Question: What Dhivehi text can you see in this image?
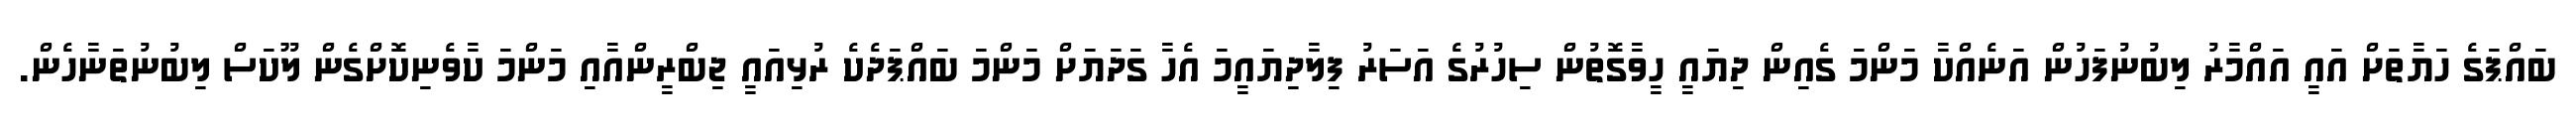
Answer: ބައްޕަގެ ހަޔާތަށް އައީ އައްމާރު ލިބުނުފަހުން އަނެއްކާ މަންމަ ގެއިން ދިޔައީ ހީވާގޮތުން ސިހުރުގެ އަސަރު ފިލާދިޔައީމަ އެހާ ގަދަޔަށް މަންމަ ބައްޕަދެކެ ރުޅިއައީ ޖިބްރީންއާއި މަންމަ ކާވެނިކޮށްގެން ލޫކަސް ލިބުނުތަނާހެން.